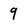
Character: 9